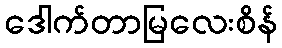
ဒေါက်တာမြလေးစိန်